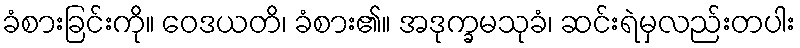
ခံစားခြင်းကို။ ဝေဒယတိ၊ ခံစား၏။ အဒုက္ခမသုခံ၊ ဆင်းရဲမှလည်းတပါး